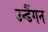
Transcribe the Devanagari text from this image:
उन्डैंगन